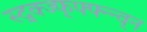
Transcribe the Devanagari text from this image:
स्द्क्ज्फ्फ्फ्न्न्व्न